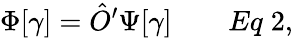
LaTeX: \Phi[\gamma]={\hat{O}}^{\prime}\Psi[\gamma]\qquad Eq\; 2,